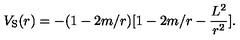
V _ { \mathrm { S } } ( r ) = - ( 1 - 2 m / r ) [ 1 - 2 m / r - \frac { L ^ { 2 } } { r ^ { 2 } } ] .